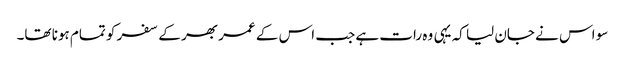
سو اس نے جان لیا کہ یہی وہ رات ہے جب اس کے عمر بھر کے سفر کو تمام ہونا تھا۔